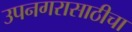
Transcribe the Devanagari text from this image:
उपनगरासाठीचा